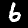
Digit: 6